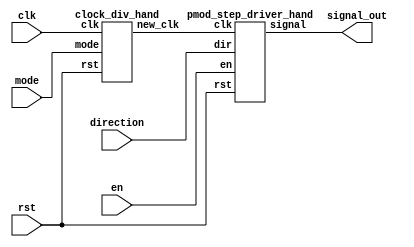
`timescale 1ns / 1ps

module pmod_step_interface_hand(
    input clk,
    input rst,
    input direction,
    input en,
    input [2-1:0] mode,
    output [3:0] signal_out
    );

    wire new_clk_net;

    clock_div_hand div_hand(
        .clk(clk), 
        .rst(rst),
        .mode(mode),
        .new_clk(new_clk_net)
    );

    pmod_step_driver_hand control_hand(
        .rst(rst),
        .dir(direction),
        .clk(new_clk_net),
        .en(en),
        .signal(signal_out)
        );    
    
endmodule

module clock_div_hand(
    input clk,
    input rst,
    input [2-1:0] mode,
    output reg new_clk
);

    localparam mode1_speed = 26'd300000;
    localparam mode2_speed = 26'd300000;
    localparam mode3_speed = 26'd300000;
    localparam mode4_speed = 26'd300000;

    reg [26-1:0] define_speed;
    reg [26-1:0] count;

    always @(posedge clk or posedge rst) begin
        if (rst == 1) begin
            count = {26{1'b0}};
            new_clk = 1'b0;
        end else if (count == define_speed) begin
            count = {26{1'b0}};
            new_clk = ~new_clk;
        end else begin
            count = count + 1'b1;
            new_clk = new_clk;
        end
    end

    always @(*) begin
        case (mode)
            2'b00: define_speed = mode1_speed;
            2'b01: define_speed = mode2_speed;
            2'b10: define_speed = mode3_speed;
            2'b11: define_speed = mode4_speed; 
            default: define_speed = mode1_speed;
        endcase
    end


endmodule // clock_div

module pmod_step_driver_hand(
    input rst,
    input dir,
    input clk,
    input en,
    output reg [3:0] signal
    );

    localparam sig4 = 3'b001;
    localparam sig3 = 3'b011;
    localparam sig2 = 3'b010;
    localparam sig1 = 3'b110;
    localparam sig0 = 3'b000;

    reg [2:0] present_state, next_state;

    always @ (present_state, dir, en)begin
        case(present_state)
        sig4 : begin
            if (dir == 1'b0 && en == 1'b1)
                next_state = sig3;
            else if (dir == 1'b1 && en == 1'b1)
                next_state = sig1;
            else 
                next_state = sig0;
        end  
        sig3 : begin
            if (dir == 1'b0&& en == 1'b1)
                next_state = sig2;
            else if (dir == 1'b1 && en == 1'b1)
                next_state = sig4;
            else 
                next_state = sig0;
        end 
        sig2 : begin
            if (dir == 1'b0&& en == 1'b1)
                next_state = sig1;
            else if (dir == 1'b1 && en == 1'b1)
                next_state = sig3;
            else 
                next_state = sig0;
        end 
        sig1 : begin
            if (dir == 1'b0&& en == 1'b1)
                next_state = sig4;
            else if (dir == 1'b1 && en == 1'b1)
                next_state = sig2;
            else 
                next_state = sig0;
        end
        sig0 : begin
            if (en == 1'b1)
                next_state = sig1;
            else 
                next_state = sig0;
        end
        default:
            next_state = sig0; 
        endcase
    end 

    always @ (posedge clk, posedge rst)begin
        if (rst == 1'b1)
            present_state = sig0;
        else 
            present_state = next_state;
    end

    always @ (posedge clk)
    begin
        if (present_state == sig4)
            signal = 4'b1000;
        else if (present_state == sig3)
            signal = 4'b0100;
        else if (present_state == sig2)
            signal = 4'b0010;
        else if (present_state == sig1)
            signal = 4'b0001;
        else
            signal = 4'b0000;
    end
endmodule